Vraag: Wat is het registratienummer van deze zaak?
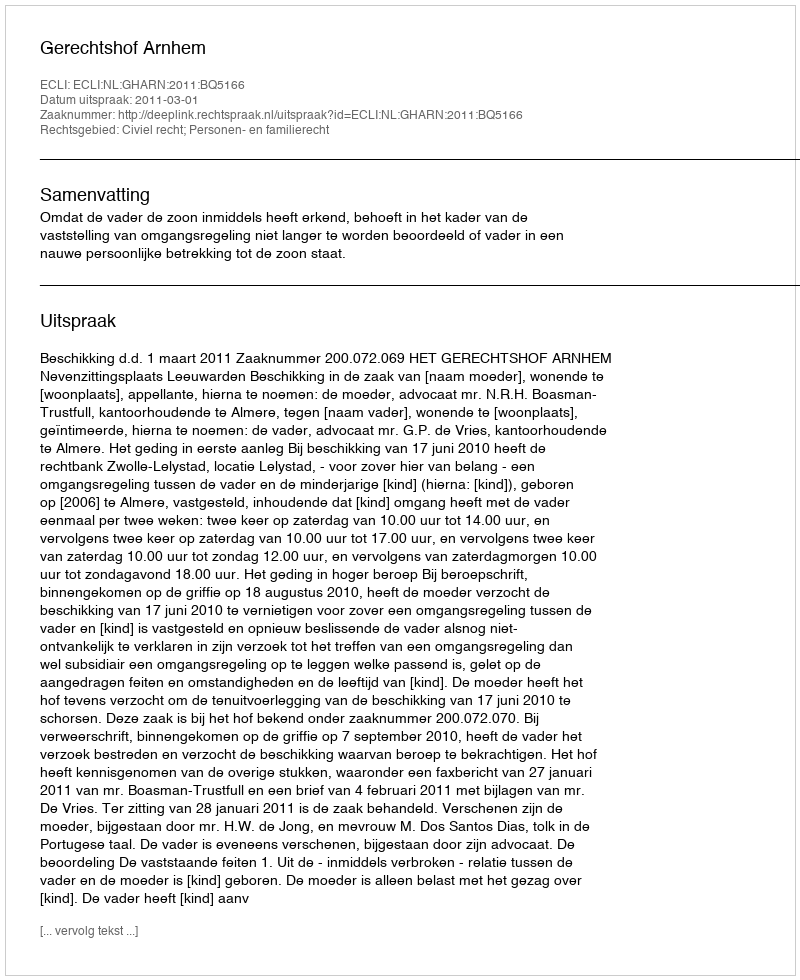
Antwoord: http://deeplink.rechtspraak.nl/uitspraak?id=ECLI:NL:GHARN:2011:BQ5166